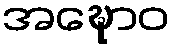
အဍ္ဎောဝ